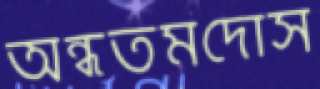
অন্ধতমদোস